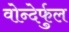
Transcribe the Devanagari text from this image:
वोन्देर्फुल